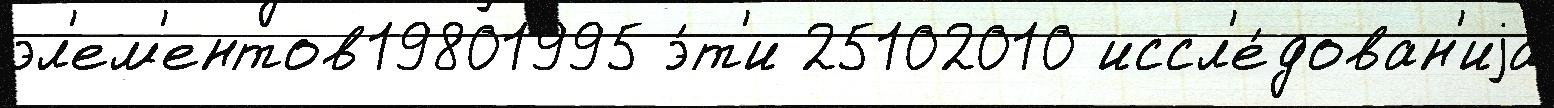
эл'ем'ентов19801995 э́т'и 25102010 иссл'е́дован'иjа